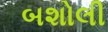
બશોલી